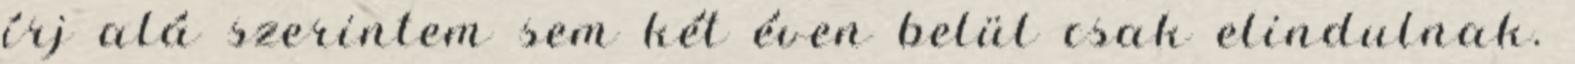
írj alá szerintem sem két éven belül csak elindulnak.